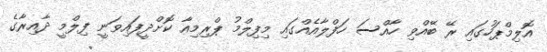
އޮލިމްޕަހުގައި ރޭ ބޭއްވި ހާއްސަ ހަފްލާއެއްގައި މިފިލްމު ޕްރިމިއާ ކޮށްދީފައިވަނީ ފިލްމީ ދާއިރާގެ